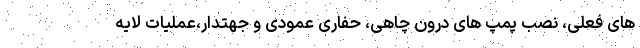
های فعلی، نصب پمپ های درون چاهی، حفاری عمودی و جهتدار،عملیات لایه